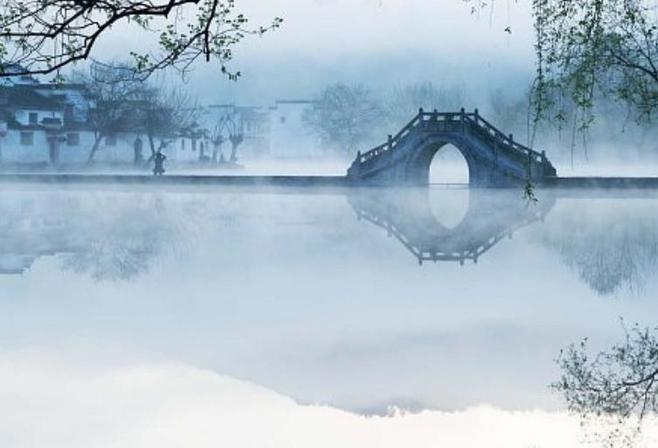
已是黄昏独自愁，更著风和雨。